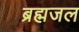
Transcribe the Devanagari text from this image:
ब्रह्मजल